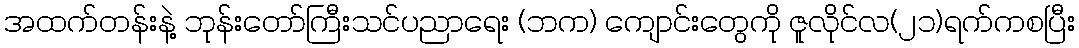
အထက်တန်းနဲ့ ဘုန်းတော်ကြီးသင်ပညာရေး (ဘက) ကျောင်းတွေကို ဇူလိုင်လ(၂၁)ရက်ကစပြီး